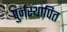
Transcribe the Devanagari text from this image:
पुर्नस्‍थापित